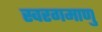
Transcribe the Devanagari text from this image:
स्वरगमाणु